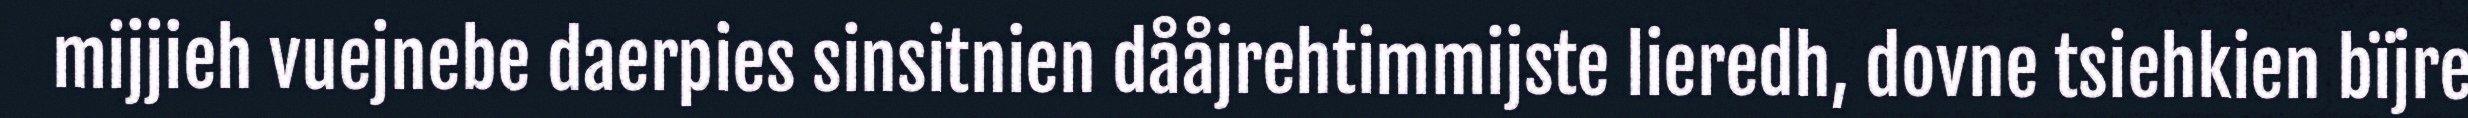
mijjieh vuejnebe daerpies sinsitnien dååjrehtimmijste lieredh, dovne tsiehkien bïjre